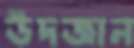
উদজান